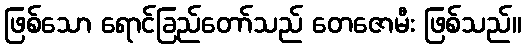
ဖြစ်သော ရောင်ခြည်တော်သည် တေဇောမီး ဖြစ်သည်။